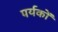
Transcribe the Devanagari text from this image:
पर्यकों